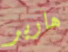
هاربر